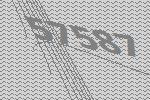
57587